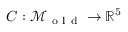
C : \mathcal { M } _ { \mathrm { ~ o ~ l ~ d ~ } } \to \mathbb { R } ^ { 5 }